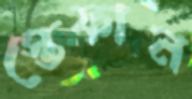
স্তেফান